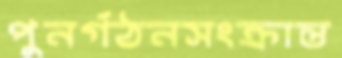
পুনর্গঠনসংক্রান্ত